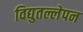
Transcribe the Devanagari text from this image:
विद्युतल्लेपन